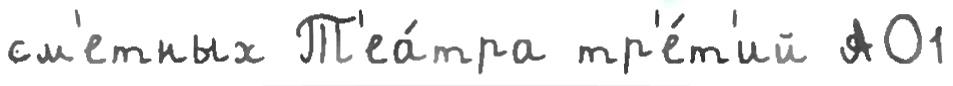
см'етных Т'еа́тра тр'е́т'ий АО1